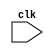
module sequential_process (
    input wire clk,
    // other input/output ports here
);

reg [7:0] counter;

always @ (posedge clk) begin
    // behavior to be executed on the positive edge of the clock
    // for example, incrementing the counter
    counter <= counter + 1;
end

endmodule